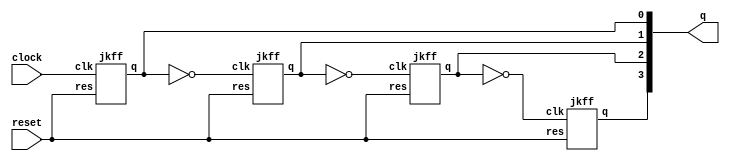
module increment_rep_carry_counter #(parameter N = 3)(q,clock,reset);

output[N:0] q;
input clock, reset;
//genvar i;

jkff jkff_0(.q(q[0]), .clk(clock), .res(reset));
jkff jkff_1(.q(q[1]), .clk(~q[0]), .res(reset));
jkff jkff_2(.q(q[2]), .clk(~q[1]), .res(reset));
jkff jkff_3(.q(q[3]), .clk(~q[2]), .res(reset));

//generate
//    
//    for(i = 1; i < N; i = i + 1) begin
//        jkff jkff_1(.q(q[i]),.clk(q[i-1]),.res(reset));
//    end
//
//endgenerate
//
endmodule


module jkff(q, clk, res);

output reg q;
input clk, res;

always @(posedge clk or posedge res)
begin
    if (res)
        q <= 0;
    else
        q <= ~q;
end

endmodule